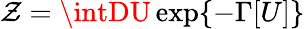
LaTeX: \mathcal{Z}=\intDU\exp\{ -\Gamma[U]\}